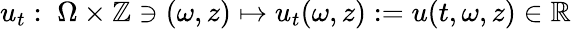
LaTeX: u_{t}:\; \Omega\times\mathbb{Z}\ni(\omega,z)\mapsto u_{t}(\omega,z):=u(t,\omega,z)\in\mathbb{R}